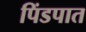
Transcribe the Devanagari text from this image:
पिंडपात